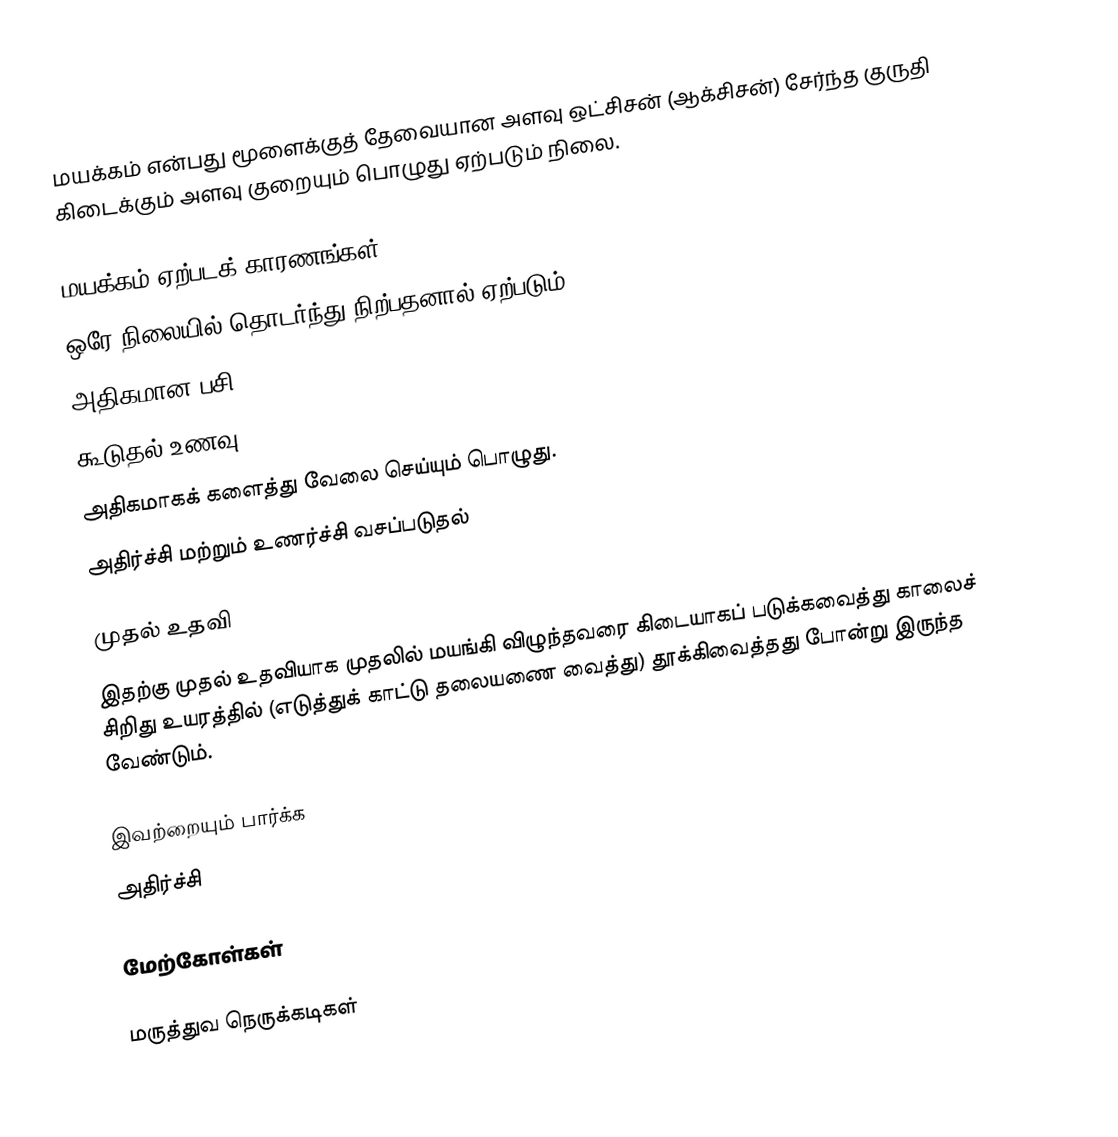
மயக்கம் என்பது மூளைக்குத் தேவையான அளவு ஒட்சிசன் (ஆக்சிசன்) சேர்ந்த குருதி கிடைக்கும் அளவு குறையும் பொழுது ஏற்படும் நிலை.

மயக்கம் ஏற்படக் காரணங்கள்
ஒரே நிலையில் தொடர்ந்து நிற்பதனால் ஏற்படும்
அதிகமான பசி
கூடுதல் உணவு
அதிகமாகக் களைத்து வேலை செய்யும் பொழுது.
அதிர்ச்சி மற்றும் உணர்ச்சி வசப்படுதல்

முதல் உதவி
இதற்கு முதல் உதவியாக முதலில் மயங்கி விழுந்தவரை கிடையாகப் படுக்கவைத்து காலைச் சிறிது உயரத்தில் (எடுத்துக் காட்டு தலையணை வைத்து) தூக்கிவைத்தது போன்று இருந்த வேண்டும்.

இவற்றையும் பார்க்க
 அதிர்ச்சி

மேற்கோள்கள்

மருத்துவ நெருக்கடிகள்